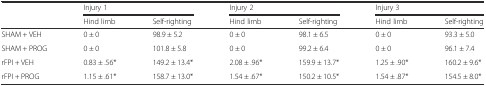
|  | <COLSPAN=2> Injury 1 | <COLSPAN=2> Injury 2 | <COLSPAN=2> Injury 3 |
 |  | Hind limb | Self-righting | Hind limb | Self-righting | Hind limb | Self-righting |
 | --- | --- | --- | --- | --- | --- | --- |
 | SHAM + VEH | 0 ± 0 | 98.9 ± 5.2 | 0 ± 0 | 98.1 ± 6.5 | 0 ± 0 | 93.3 ± 5.0 |
 | SHAM + PROG | 0 ± 0 | 101.8 ± 5.8 | 0 ± 0 | 99.2 ± 6.4 | 0 ± 0 | 96.1 ± 7.4 |
 | rFPI + VEH | 0.83 ± .56* | 149.2 ± 13.4* | 2.08 ± .96* | 159.9 ± 13.7* | 1.25 ± .90* | 160.2 ± 9.6* |
 | rFPI + PROG | 1.15 ± .61* | 158.7 ± 13.0* | 1.54 ± .67* | 150.2 ± 10.5* | 1.54 ± .87* | 154.5 ± 8.0* |